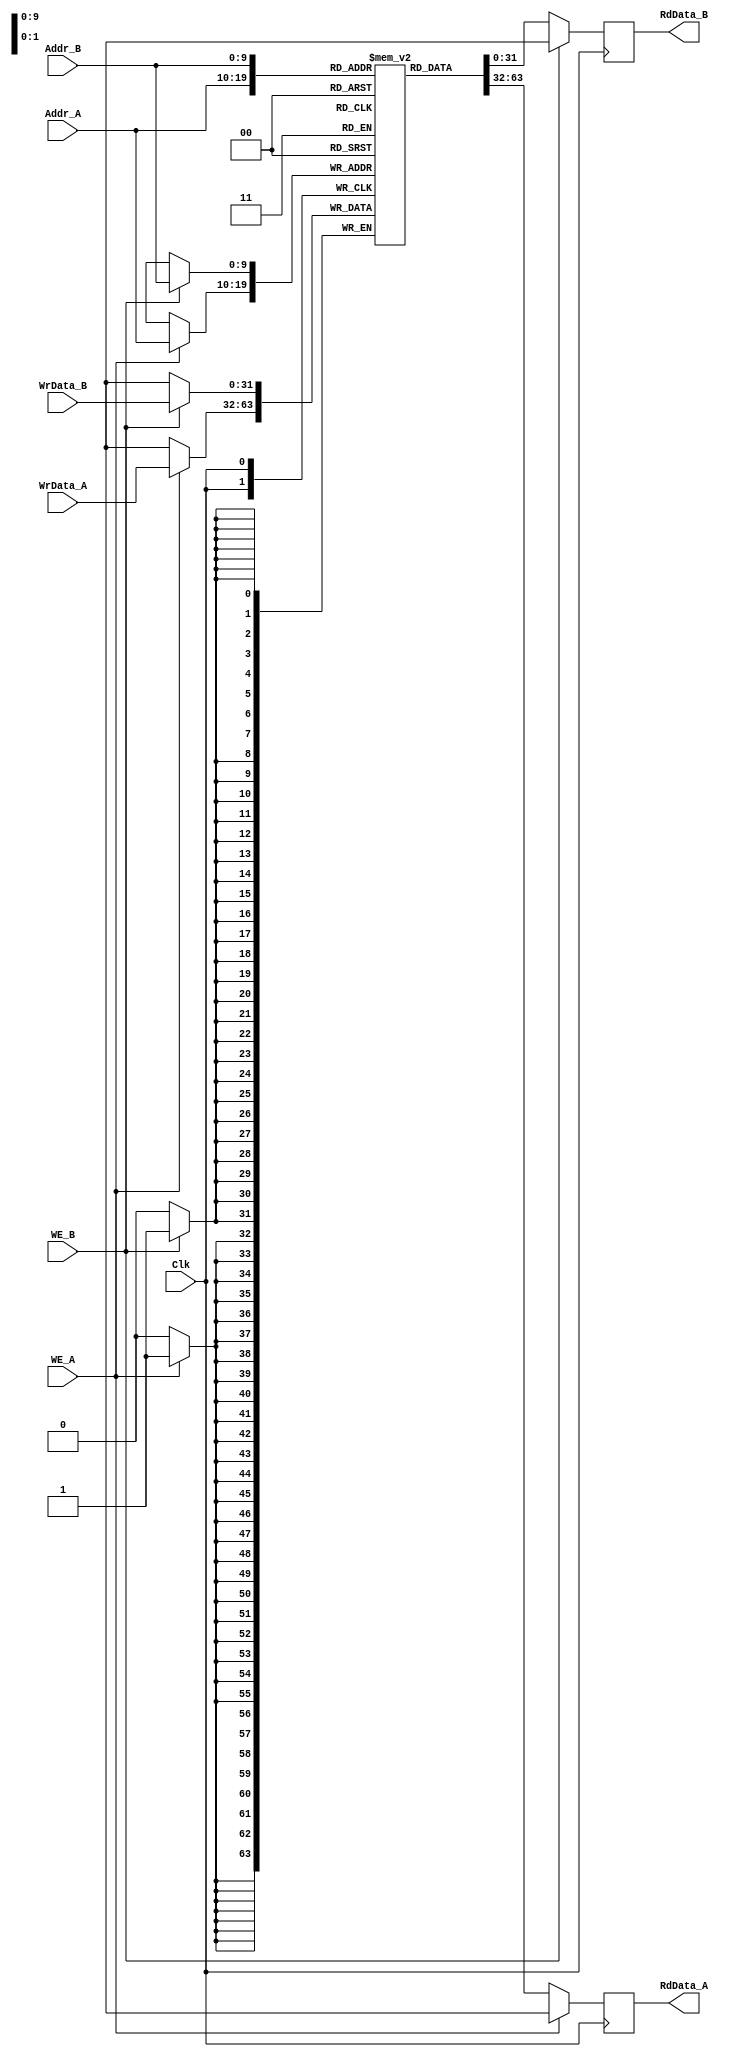
module sync_dual_mem(Clk, WE_A, WE_B, Addr_A, Addr_B, WrData_A, WrData_B, RdData_A, RdData_B);
  parameter DATA_WIDTH = 32;
  parameter ADDR_WIDTH = 10;
  
  input Clk;
  input WE_A, WE_B;
  input [ADDR_WIDTH-1:0] Addr_A, Addr_B;
  input [DATA_WIDTH-1:0] WrData_A, WrData_B;
  output reg [DATA_WIDTH-1:0] RdData_A, RdData_B;

  reg [DATA_WIDTH-1:0] mem [1<<ADDR_WIDTH];
  
  always @(posedge Clk)
    if (WE_A)
      mem[Addr_A] <= WrData_A;
  
  always @(posedge Clk)
    if (~WE_A)
      RdData_A <= mem[Addr_A];
    else
      RdData_A <= {DATA_WIDTH{1'bx}};
  
  
  always @(posedge Clk)
    if (WE_B)
      mem[Addr_B] <= WrData_B;
  
  always @(posedge Clk)
    if (~WE_B)
      RdData_B <= mem[Addr_B];
    else
      RdData_B <= {DATA_WIDTH{1'bx}};
  
endmodule